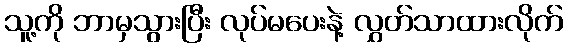
သူ့ကို ဘာမှသွားပြီး လုပ်မပေးနဲ့ လွှတ်သာထားလိုက်